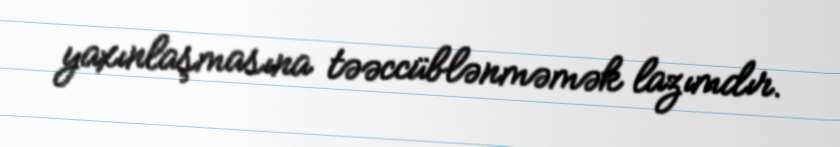
yaxınlaşmasına təəccüblənməmək lazımdır.